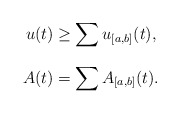
\begin{align*} u(t)&\ge \sum_{} u_{[a,b]}(t),\\A(t)&= \sum_{} A_{[a,b]}(t). \end{align*}